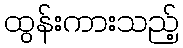
ထွန်းကားသည့်